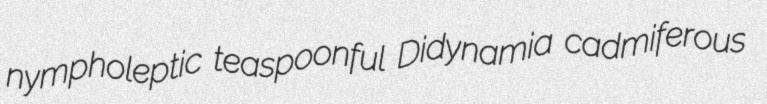
nympholeptic teaspoonful Didynamia cadmiferous